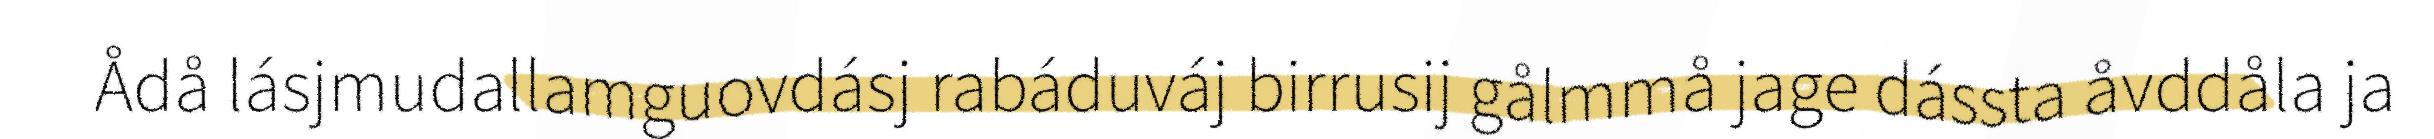
Ådå lásjmudallamguovdásj rabáduváj birrusij gålmmå jage dássta åvddåla ja